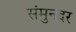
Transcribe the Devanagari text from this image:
संमुनदर